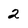
Character: 2